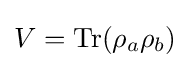
V=\operatorname {Tr} (\rho _{a}\rho _{b})